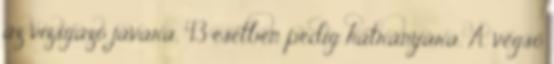
az vizsgázó javára, 43 esetben pedig hátrányára. A végső